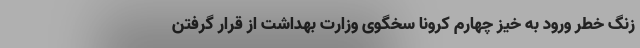
زنگ خطر ورود به خیز چهارم کرونا سخگوی وزارت بهداشت از قرار گرفتن